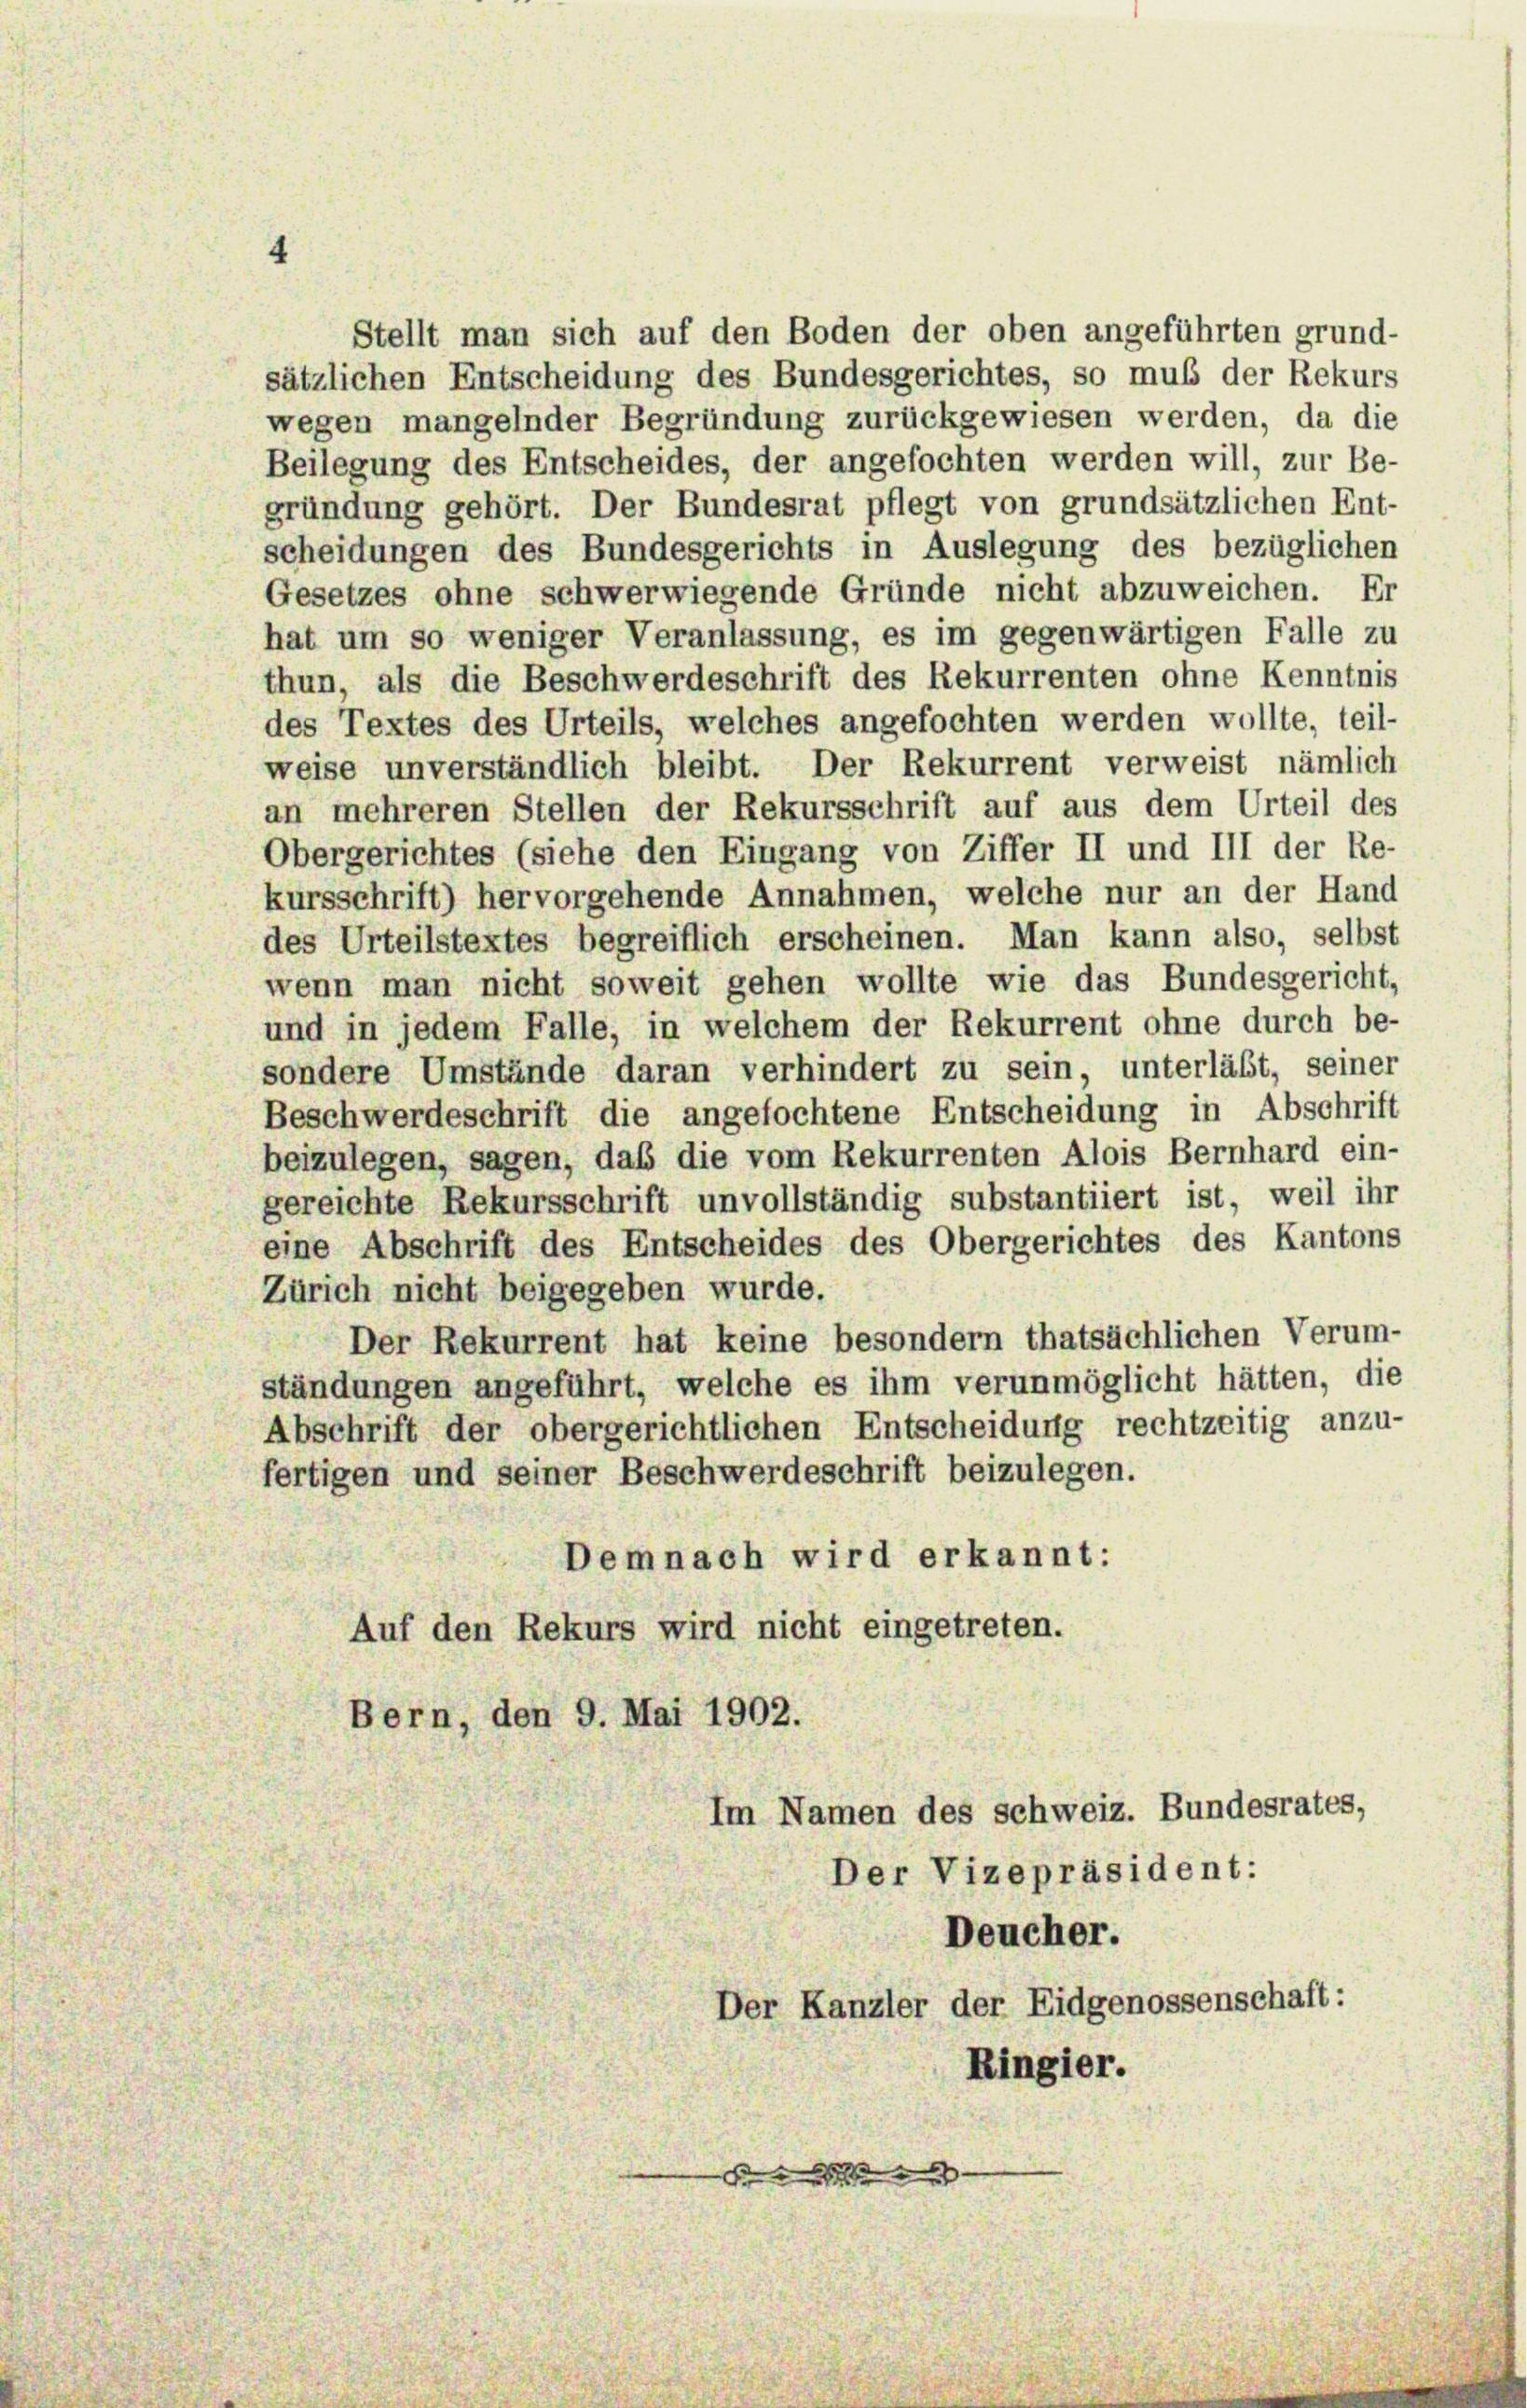
Stellt man sich auf den Boden der oben angeführten grund-
sätzlichen Entscheidung des Bundesgerichtes, so muß der Rekurs
wegen mangelnder Begründung zurückgewiesen werden, da die
Beilegung des Entscheides, der angefochten werden will, zur Be-
gründung gehört. Der Bundesrat pflegt von grundsätzlichen Ent-
scheidungen des Bundesgerichts in Auslegung des bezüglichen
Gesetzes ohne schwerwiegende Gründe nicht abzuweichen. Er
hat um so weniger Veranlassung, es im gegenwärtigen Falle zu
thun, als die Beschwerdeschrift des Rekurrenten ohne Kenntnis
des Textes des Urteils, welches angefochten werden wollte, teil-
weise unverständlich bleibt. Der Rekurrent verweist nämlich
an mehreren Stellen der Rekursschrift auf aus dem Urteil des
Obergerichtes (siehe den Eingang von Ziffer II und III der Re-
kursschrift) hervorgehende Annahmen, welche nur an der Hand
des Urteilstextes begreiflich erscheinen. Man kann also, selbst
wenn man nicht soweit gehen wollte wie das Bundesgericht,
und in jedem Falle, in welchem der Rekurrent ohne durch be-
sondere Umstände daran verhindert zu sein, unterläßt, seiner
Beschwerdeschrift die angefochtene Entscheidung in Abschrift
beizulegen, sagen, daß die vom Rekurrenten Alois Bernhard ein-
gereichte Rekursschrift unvollständig substantiiert ist, weil ihr
eine Abschrift des Entscheides des Obergerichtes des Kantons
Zürich nicht beigegeben wurde.
Der Rekurrent hat keine besondern thatsächlichen Verum-
ständungen angeführt, welche es ihm verunmöglicht hätten, die
Abschrift der obergerichtlichen Entscheidung rechtzeitig anzu-
fertigen und seiner Beschwerdeschrift beizulegen.
Demnach wird erkannt:
Auf den Rekurs wird nicht eingetreten.
Bern, den 9. Mai 1902.
Im Namen des schweiz. Bundesrates,
Der Vizepräsident:
Deucher.
Der Kanzler der Eidgenossenschaft:
Ringier.
9